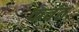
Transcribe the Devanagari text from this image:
कवंठ